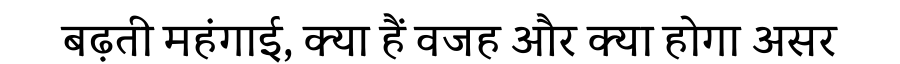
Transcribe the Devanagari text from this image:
बढ़ती महंगाई, क्या हैं वजह और क्या होगा असर